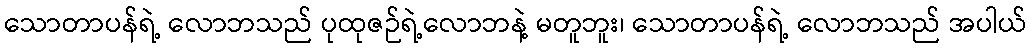
သောတာပန်ရဲ့ လောဘသည် ပုထုဇဉ်ရဲ့လောဘနဲ့ မတူဘူး၊ သောတာပန်ရဲ့ လောဘသည် အပါယ်